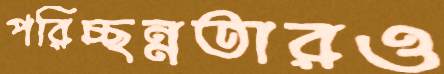
পরিচ্ছন্নতারও